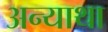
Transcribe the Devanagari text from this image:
अन्याथा